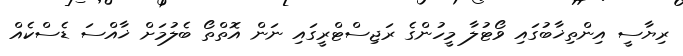
ރިޔާސީ އިންތިޚާބުގައި ވޯޓުލާ މީހުންގެ ރަޖިސްޓްރީގައި ނަން އޮތްތޯ ބެލުމަށް ޚާއްސަ ޑެސްކެއް